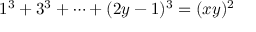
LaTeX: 1 ^ { 3 } + 3 ^ { 3 } + \dots + ( 2 y - 1 ) ^ { 3 } = ( x y ) ^ { 2 }